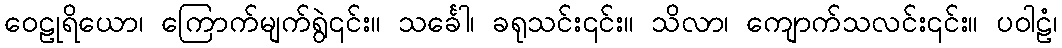
ဝေဠုရိယော၊ ကြောက်မျက်ရွဲ၎င်း။ သင်္ခေါ၊ ခရုသင်း၎င်း။ သိလာ၊ ကျောက်သလင်း၎င်း။ ပဝါဠံ၊